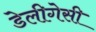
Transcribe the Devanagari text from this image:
डेलीगेसी